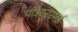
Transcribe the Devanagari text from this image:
पीआरएमई